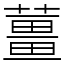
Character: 薑